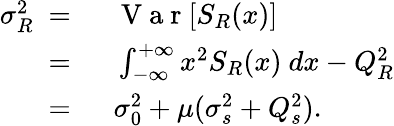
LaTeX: \begin{array}{rl}{\sigma_{R}^{2}\ =\ }&{{}\mathrm{~V~a~r~}[S_{R}(x)]}\\ {\ =\ }&{{}\int_{-\infty}^{+\infty}x^{2}S_{R}(x)\ dx-Q_{R}^{2}}\\ {\ =\ }&{{}\sigma_{0}^{2}+\mu(\sigma_{s}^{2}+Q_{s}^{2}).}\end{array}